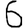
Digit: 6